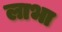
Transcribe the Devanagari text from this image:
लाभा